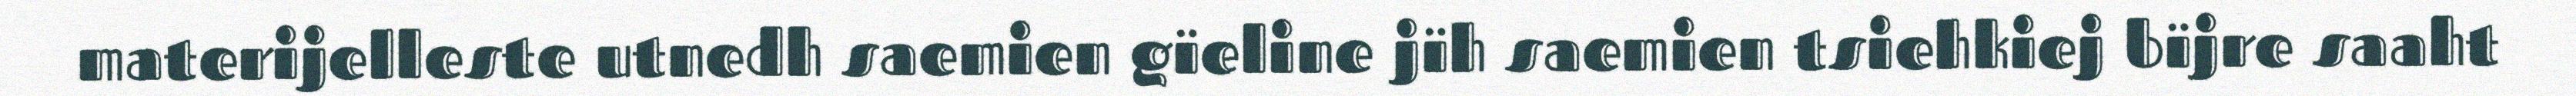
materijelleste utnedh saemien gïeline jïh saemien tsiehkiej bïjre saaht